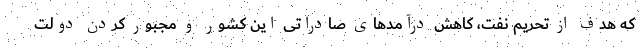
که هدف از تحریم نفت، کاهش درآمدهای صادراتی این کشور و مجبور کردن دولت